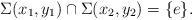
LaTeX: \begin{align*}\Sigma(x_1,y_1)\cap\Sigma(x_2,y_2)=\{e\}.\end{align*}